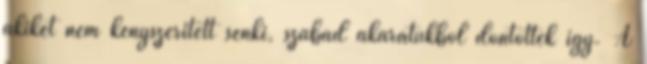
akiket nem kényszerített senki, szabad akaratukból döntöttek így. A